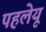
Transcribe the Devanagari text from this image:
पहलेयू